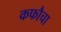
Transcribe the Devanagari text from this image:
कफौचा